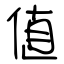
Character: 値